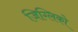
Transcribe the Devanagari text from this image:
जिग्लिको